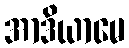
အာဒိယာမေ